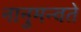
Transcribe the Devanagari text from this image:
नानुमन्वते